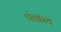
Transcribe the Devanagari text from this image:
पंचास्य